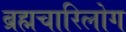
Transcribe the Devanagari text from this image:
ब्रह्मचारिलोग